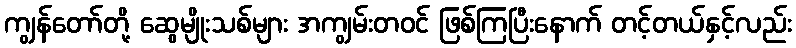
ကျွန်တော်တို့ ဆွေမျိုးသစ်များ အကျွမ်းတဝင် ဖြစ်ကြပြီးနောက် တင့်တယ်နှင့်လည်း